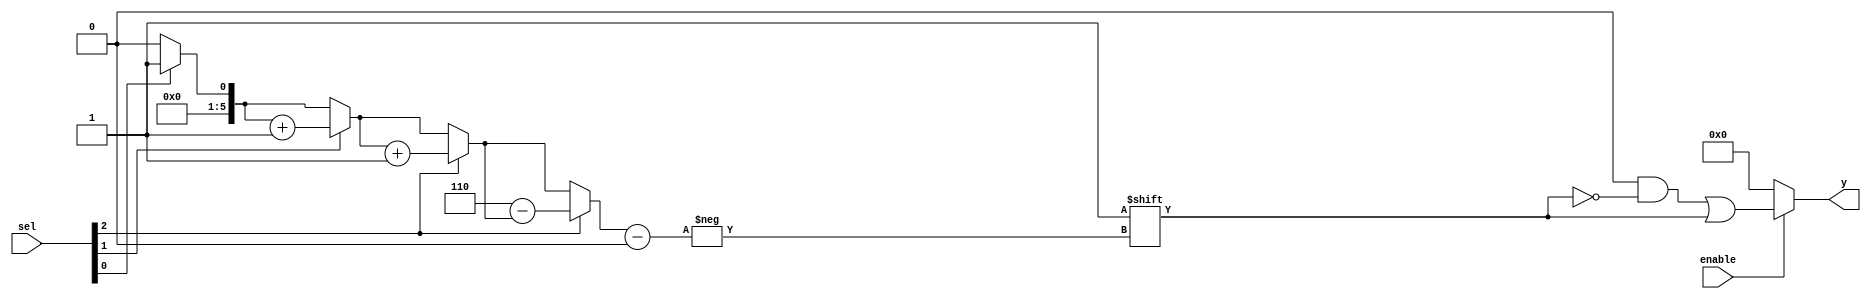
// Copyright 2003 Star Galaxy Publishing

module johnson_decoder (sel, enable, y);
  input [2:0] sel;
  input enable;

  output [5:0] y;
  reg [5:0] y, address;

  integer i;

  always @(sel or enable) begin
    if (!enable)
      y = 0;
    else begin
      address = 0;
      y = 0;
 
     for (i=0; i<3; i=i+1)
       if (sel[i])
         address = address + 1;

     if (sel[2])
       address = 6 - address;

     y[address] = 1;
     end
  end
endmodule